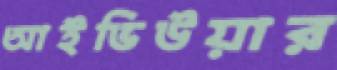
আইভিউয়ার